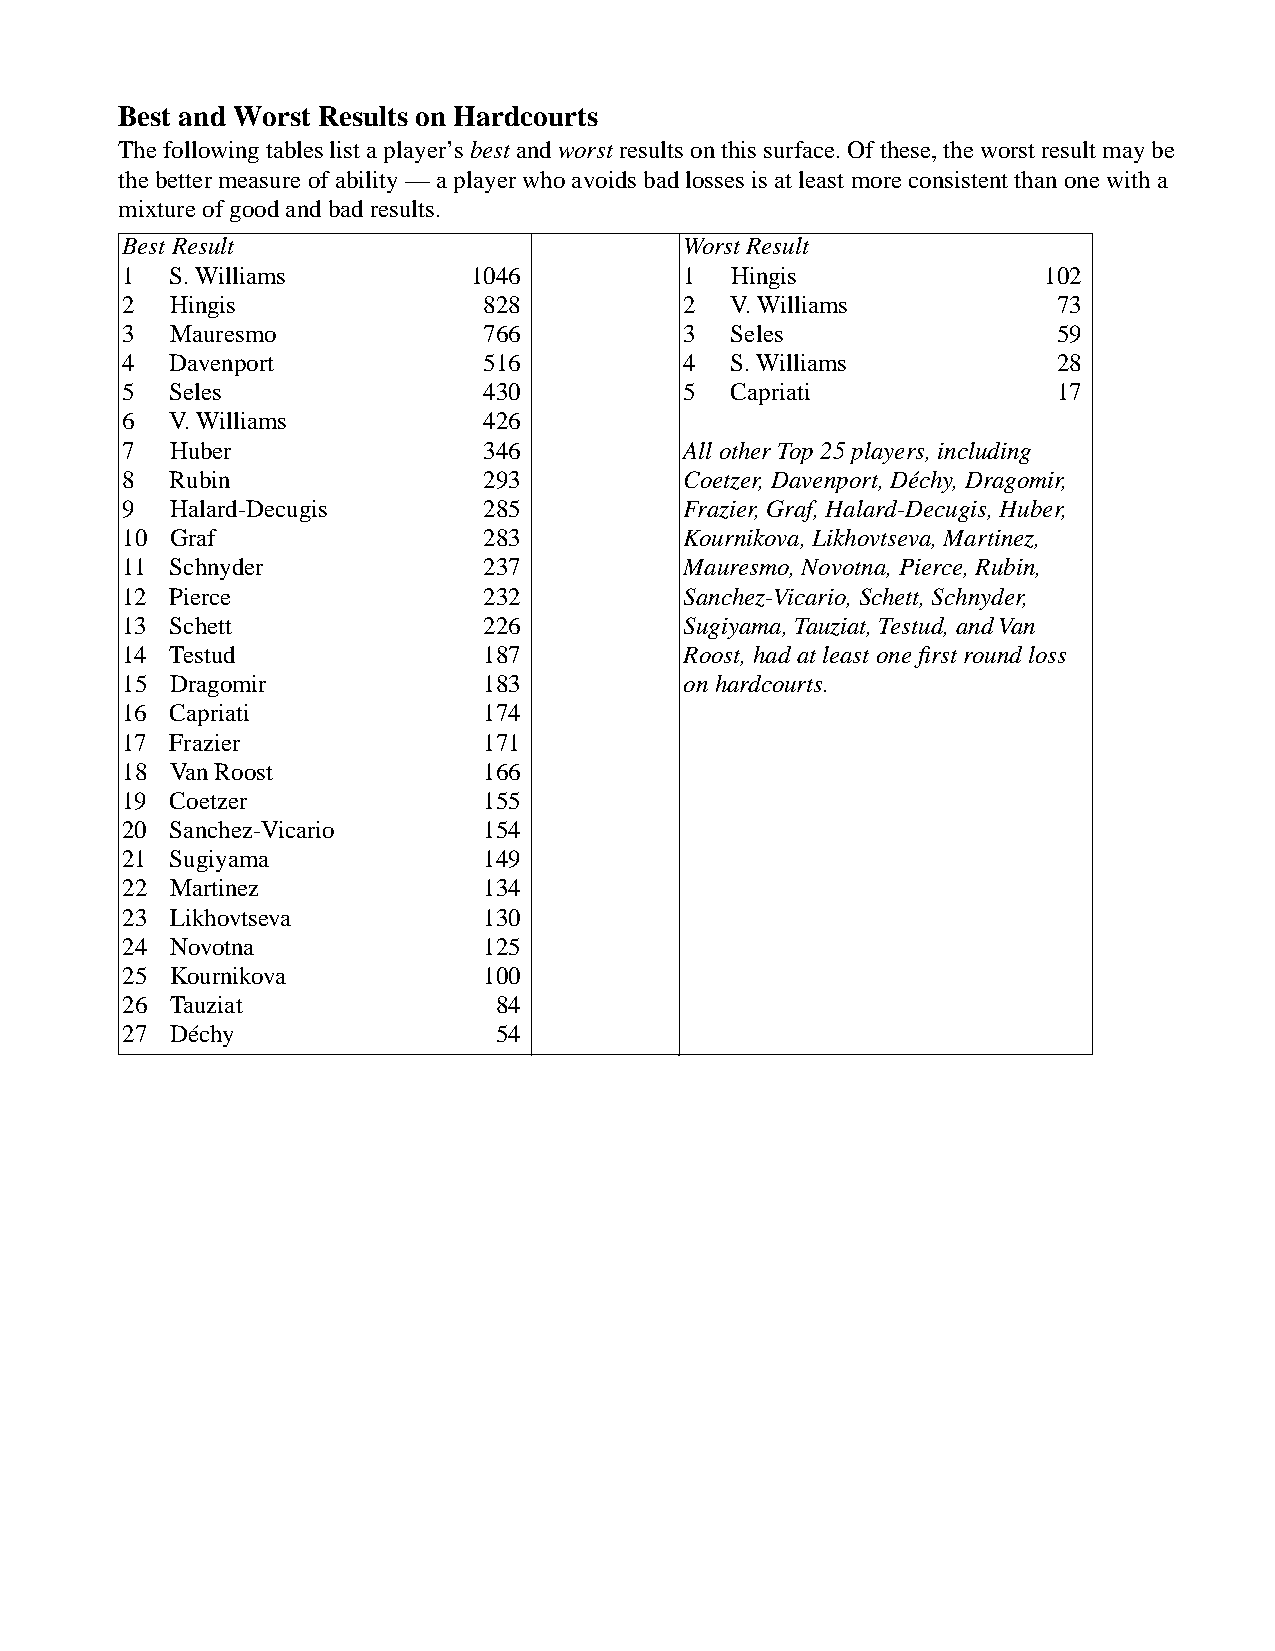
Best and Worst Results on Hardcourts
 The following tables list a player’s best and worst results on this surface. Of these, the worst result may be
 the better measure of ability — a player who avoids bad losses is at least more consistent than one with a
 mixture of good and bad results.
 Best Result                          Worst Result
 1  S. Williams         1046          1  Hingis               102
 2  Hingis              828           2  V. Williams          73
 3  Mauresmo            766           3  Seles                59
 4  Davenport           516           4  S. Williams          28
 5  Seles               430           5  Capriati             17
 6  V. Williams         426
 7  Huber               346           All other Top 25 players, including
 8  Rubin               293           Coetzer, Davenport, Déchy, Dragomir,
 9  Halard-Decugis      285           Frazier, Graf, Halard-Decugis, Huber,
 10 Graf                283           Kournikova, Likhovtseva, Martinez,
 11 Schnyder            237           Mauresmo, Novotna, Pierce, Rubin,
 12 Pierce              232           Sanchez-Vicario, Schett, Schnyder,
 13 Schett              226           Sugiyama, Tauziat, Testud, and Van
 14 Testud              187           Roost, had at least one first round loss
 15 Dragomir            183           on hardcourts.
 16 Capriati            174
 17 Frazier             171
 18 Van Roost           166
 19 Coetzer             155
 20 Sanchez-Vicario     154
 21 Sugiyama            149
 22 Martinez            134
 23 Likhovtseva         130
 24 Novotna             125
 25 Kournikova          100
 26 Tauziat              84
 27 Déchy                54